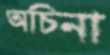
অচিনা